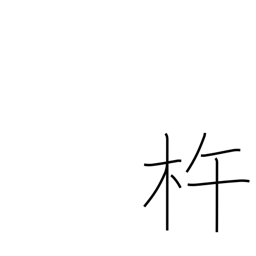
Meaning: wooden pestle